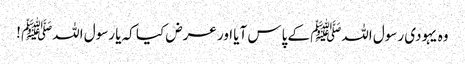
وہ یہودی رسول اللہﷺ کے پاس آیا اور عرض کیا کہ یا رسول اللہﷺ !